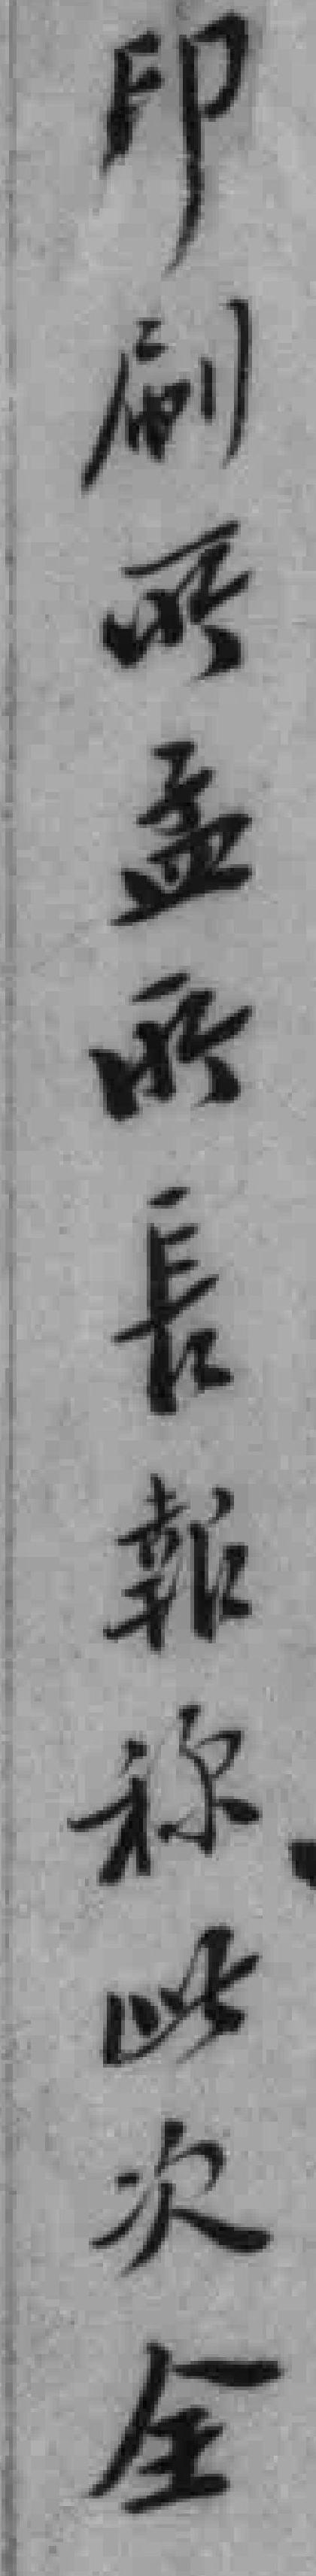
印刷所孟所長報称此次全